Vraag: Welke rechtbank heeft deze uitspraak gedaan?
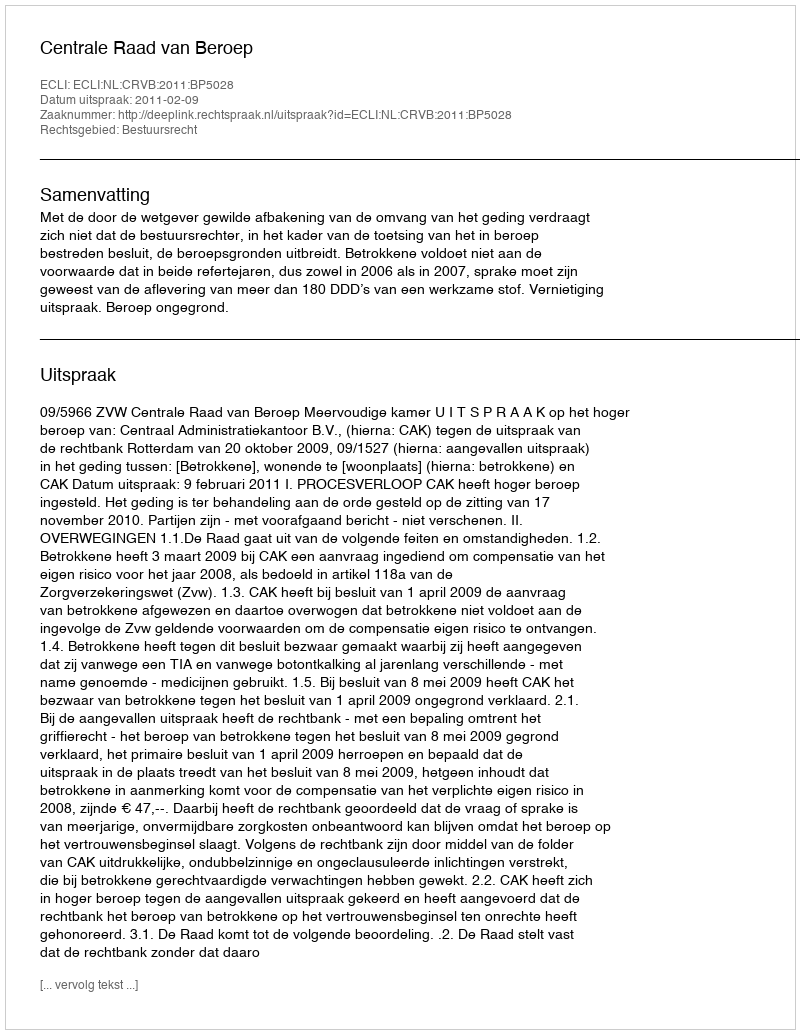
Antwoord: Centrale Raad van Beroep